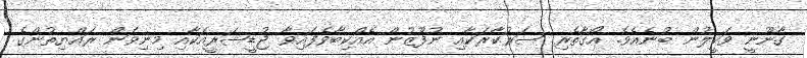
ގާނޫނީ ވަކީލުން ބުނެއެވެ. އޯގާތެރި ސަރުކާރަކާއި ނުފޫޒުން އެއްކިބާވެފައިވާ ޖުޑީޝަރީއަކާއި މިނިވަން ރައްޔިތުންގެ